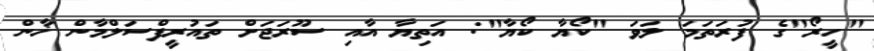
"ހީރޯ"ގެ ފުރަތަމަ ލަވަ "ކޯޔާ ކޯޔާ": އަތިޔާ އާއި ސޫރަޖަށް ތައުރީފްސަލްމާން ޚާން